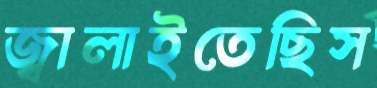
জ্বালাইতেছিস